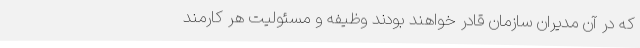
که در آن مدیران سازمان قادر خواهند بودند وظیفه و مسئولیت هر کارمند